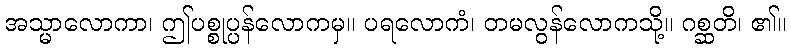
အသ္မာလောကာ၊ ဤပစ္စုပ္ပန်လောကမှ။ ပရလောကံ၊ တမလွန်လောကသို့။ ဂစ္ဆတိ၊ ၏။